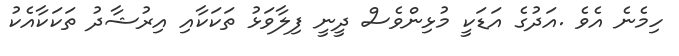
ހިމެނެ އެވެ .އަދުގެ އަޑަކީ މުޅިންވެސް ދީނީ ފިލާވަޅު ތަކަކާއި އިރުޝާދު ތަކަކާއެކު